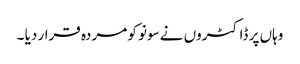
وہاں پر ڈاکٹروں نے سونو کو مردہ قرار دیا ۔